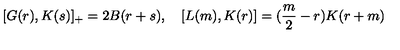
[ G ( r ) , K ( s ) ] _ { + } = 2 B ( r + s ) , \quad [ L ( m ) , K ( r ) ] = ( \frac { m } { 2 } - r ) K ( r + m )